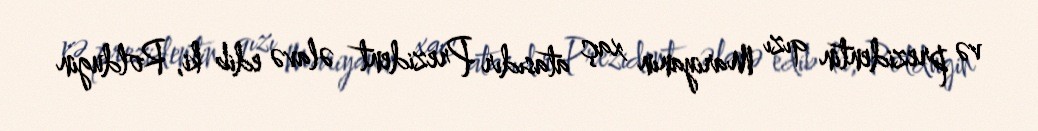
və prezidentin qızı Mariyanın xaç atasıdır Prezident əlavə edib ki, Roldugin